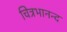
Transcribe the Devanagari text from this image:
चित्रभानन्द